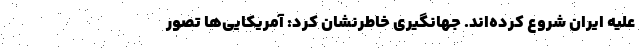
علیه ایران شروع کرده‌اند. جهانگیری خاطرنشان کرد: آمریکایی‌ها تصور